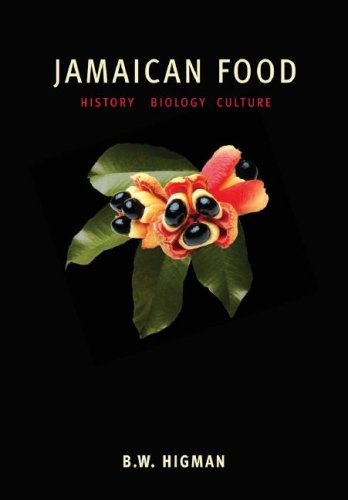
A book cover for Jamaican Food: History, Biology, Culture; B. W. Higman; Cookbooks, Food & Wine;